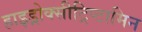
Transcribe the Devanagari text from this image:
हाइड्रोक्सीट्रिप्टामिन